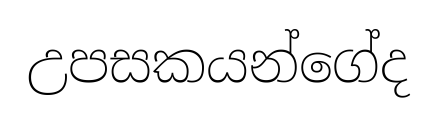
උපසකයන්ගේද